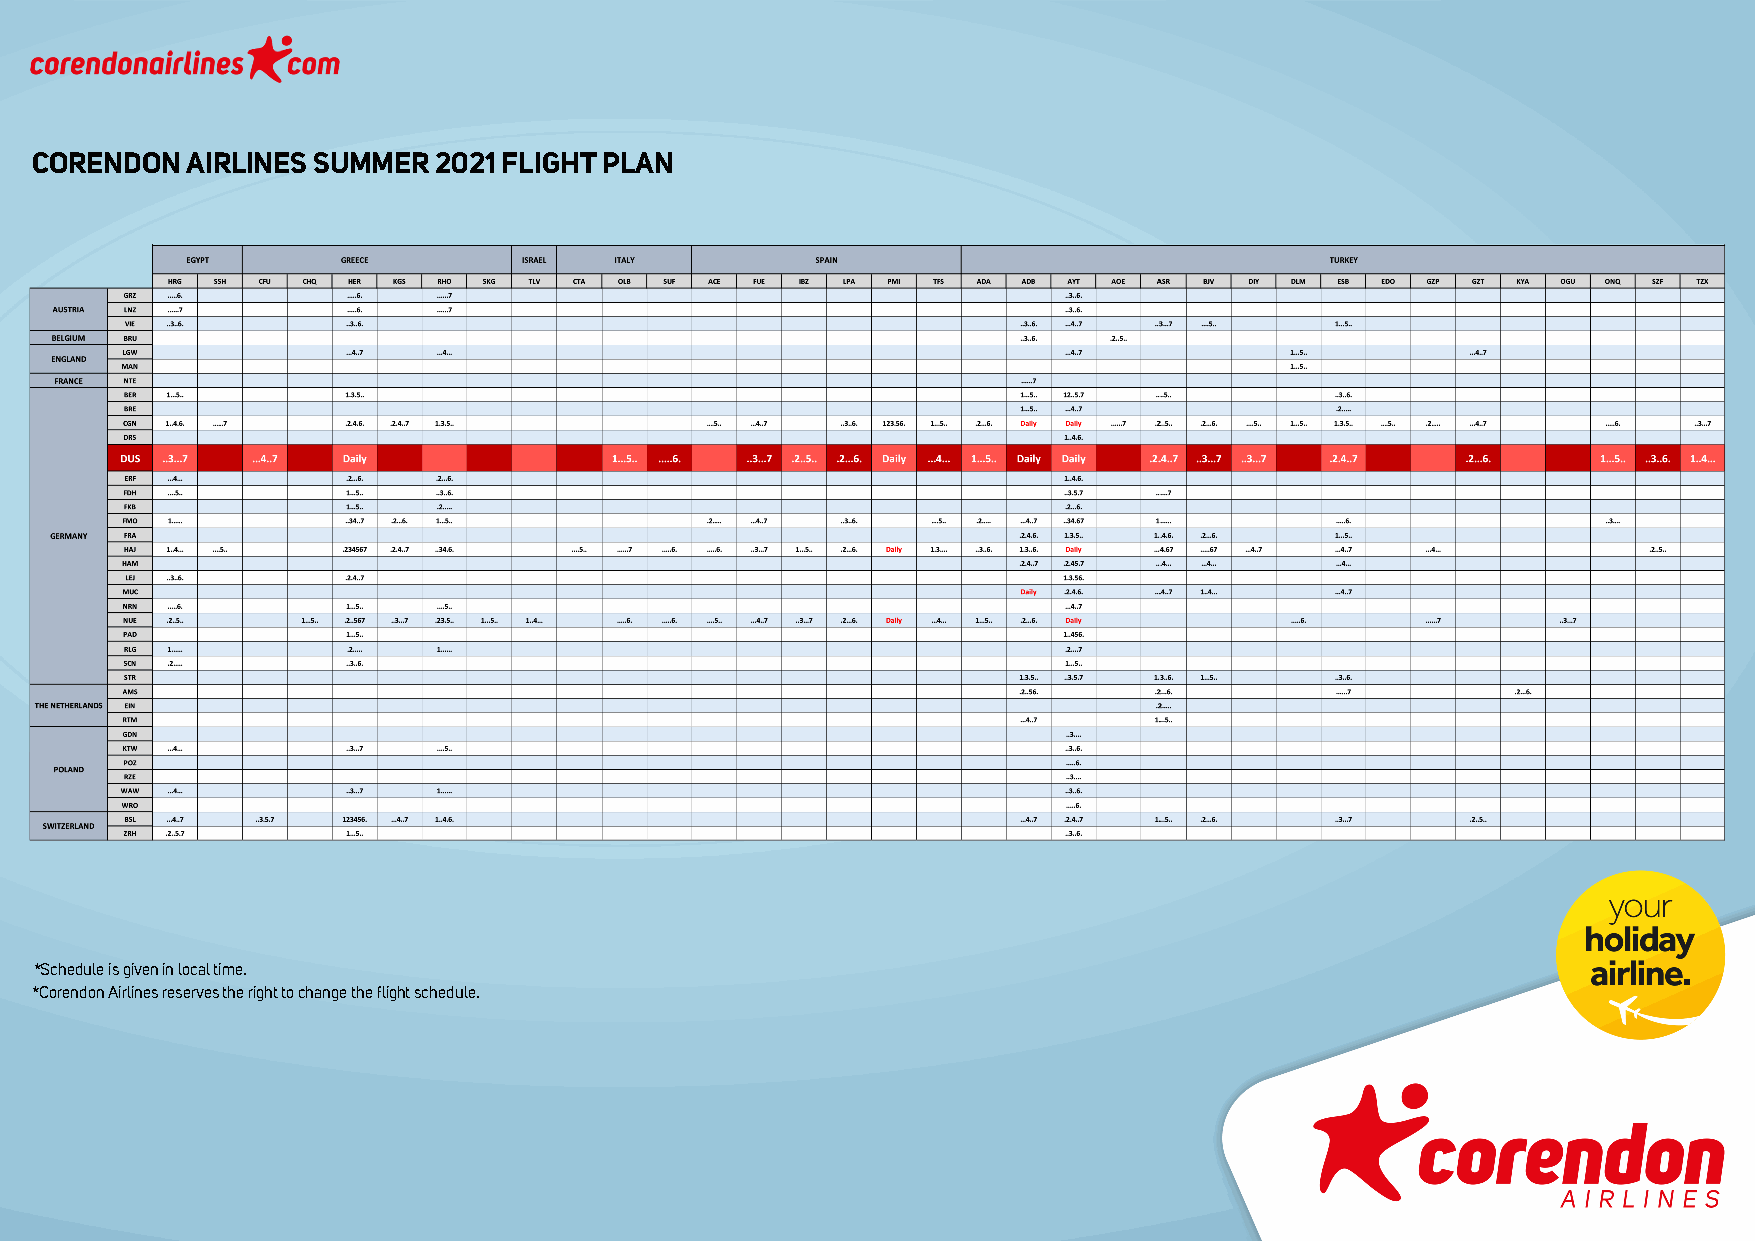
CORENDON  AIRLINES SUMMER  2021 FLIGHT PLAN
 *Schedule is given in local time.
 *Corendon Airlines reserves the right to change the flight schedule.